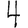
Digit: 4